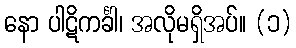
နော ပါဋိကင်္ခါ၊ အလိုမရှိအပ်။ (၁)